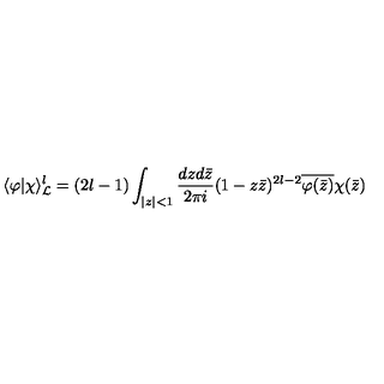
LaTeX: \langle \varphi | \chi \rangle _ { { \cal L } } ^ { l } = ( 2 l - 1 ) \int _ { | z | < 1 } \frac { d z d \bar { z } } { 2 \pi i } ( 1 - z \bar { z } ) ^ { 2 l - 2 } \overline { { \varphi ( \bar { z } ) } } \chi ( \bar { z } )